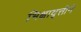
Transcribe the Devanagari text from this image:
भिक्षावृत्तीने